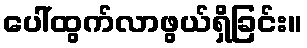
ပေါ်ထွက်လာဖွယ်ရှိခြင်း။